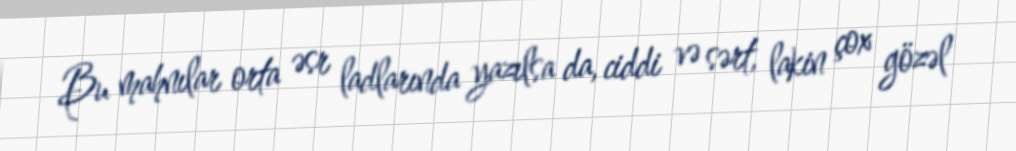
Bu mahnılar orta əsr ladlarında yazılsa da, ciddi və sərt, lakin çox gözəl